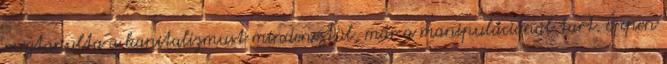
megtanulta a kapitalizmust mindenestül, már a manipulációnál tart. Éppen